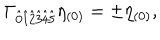
\Gamma _ { \hat { 0 } \hat { 1 } \hat { 2 } \hat { 3 } \hat { 4 } \hat { 5 } } \eta _ { ( 0 ) } = \pm \eta _ { ( 0 ) } ,